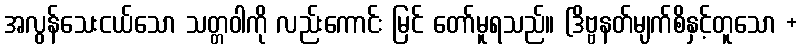
အလွန်သေးငယ်သော သတ္တဝါကို လည်းကောင်း မြင် တော်မူရသည်။ (ဒိဗ္ဗနတ်မျက်စိနှင့်တူသော +